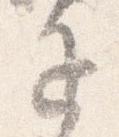
退